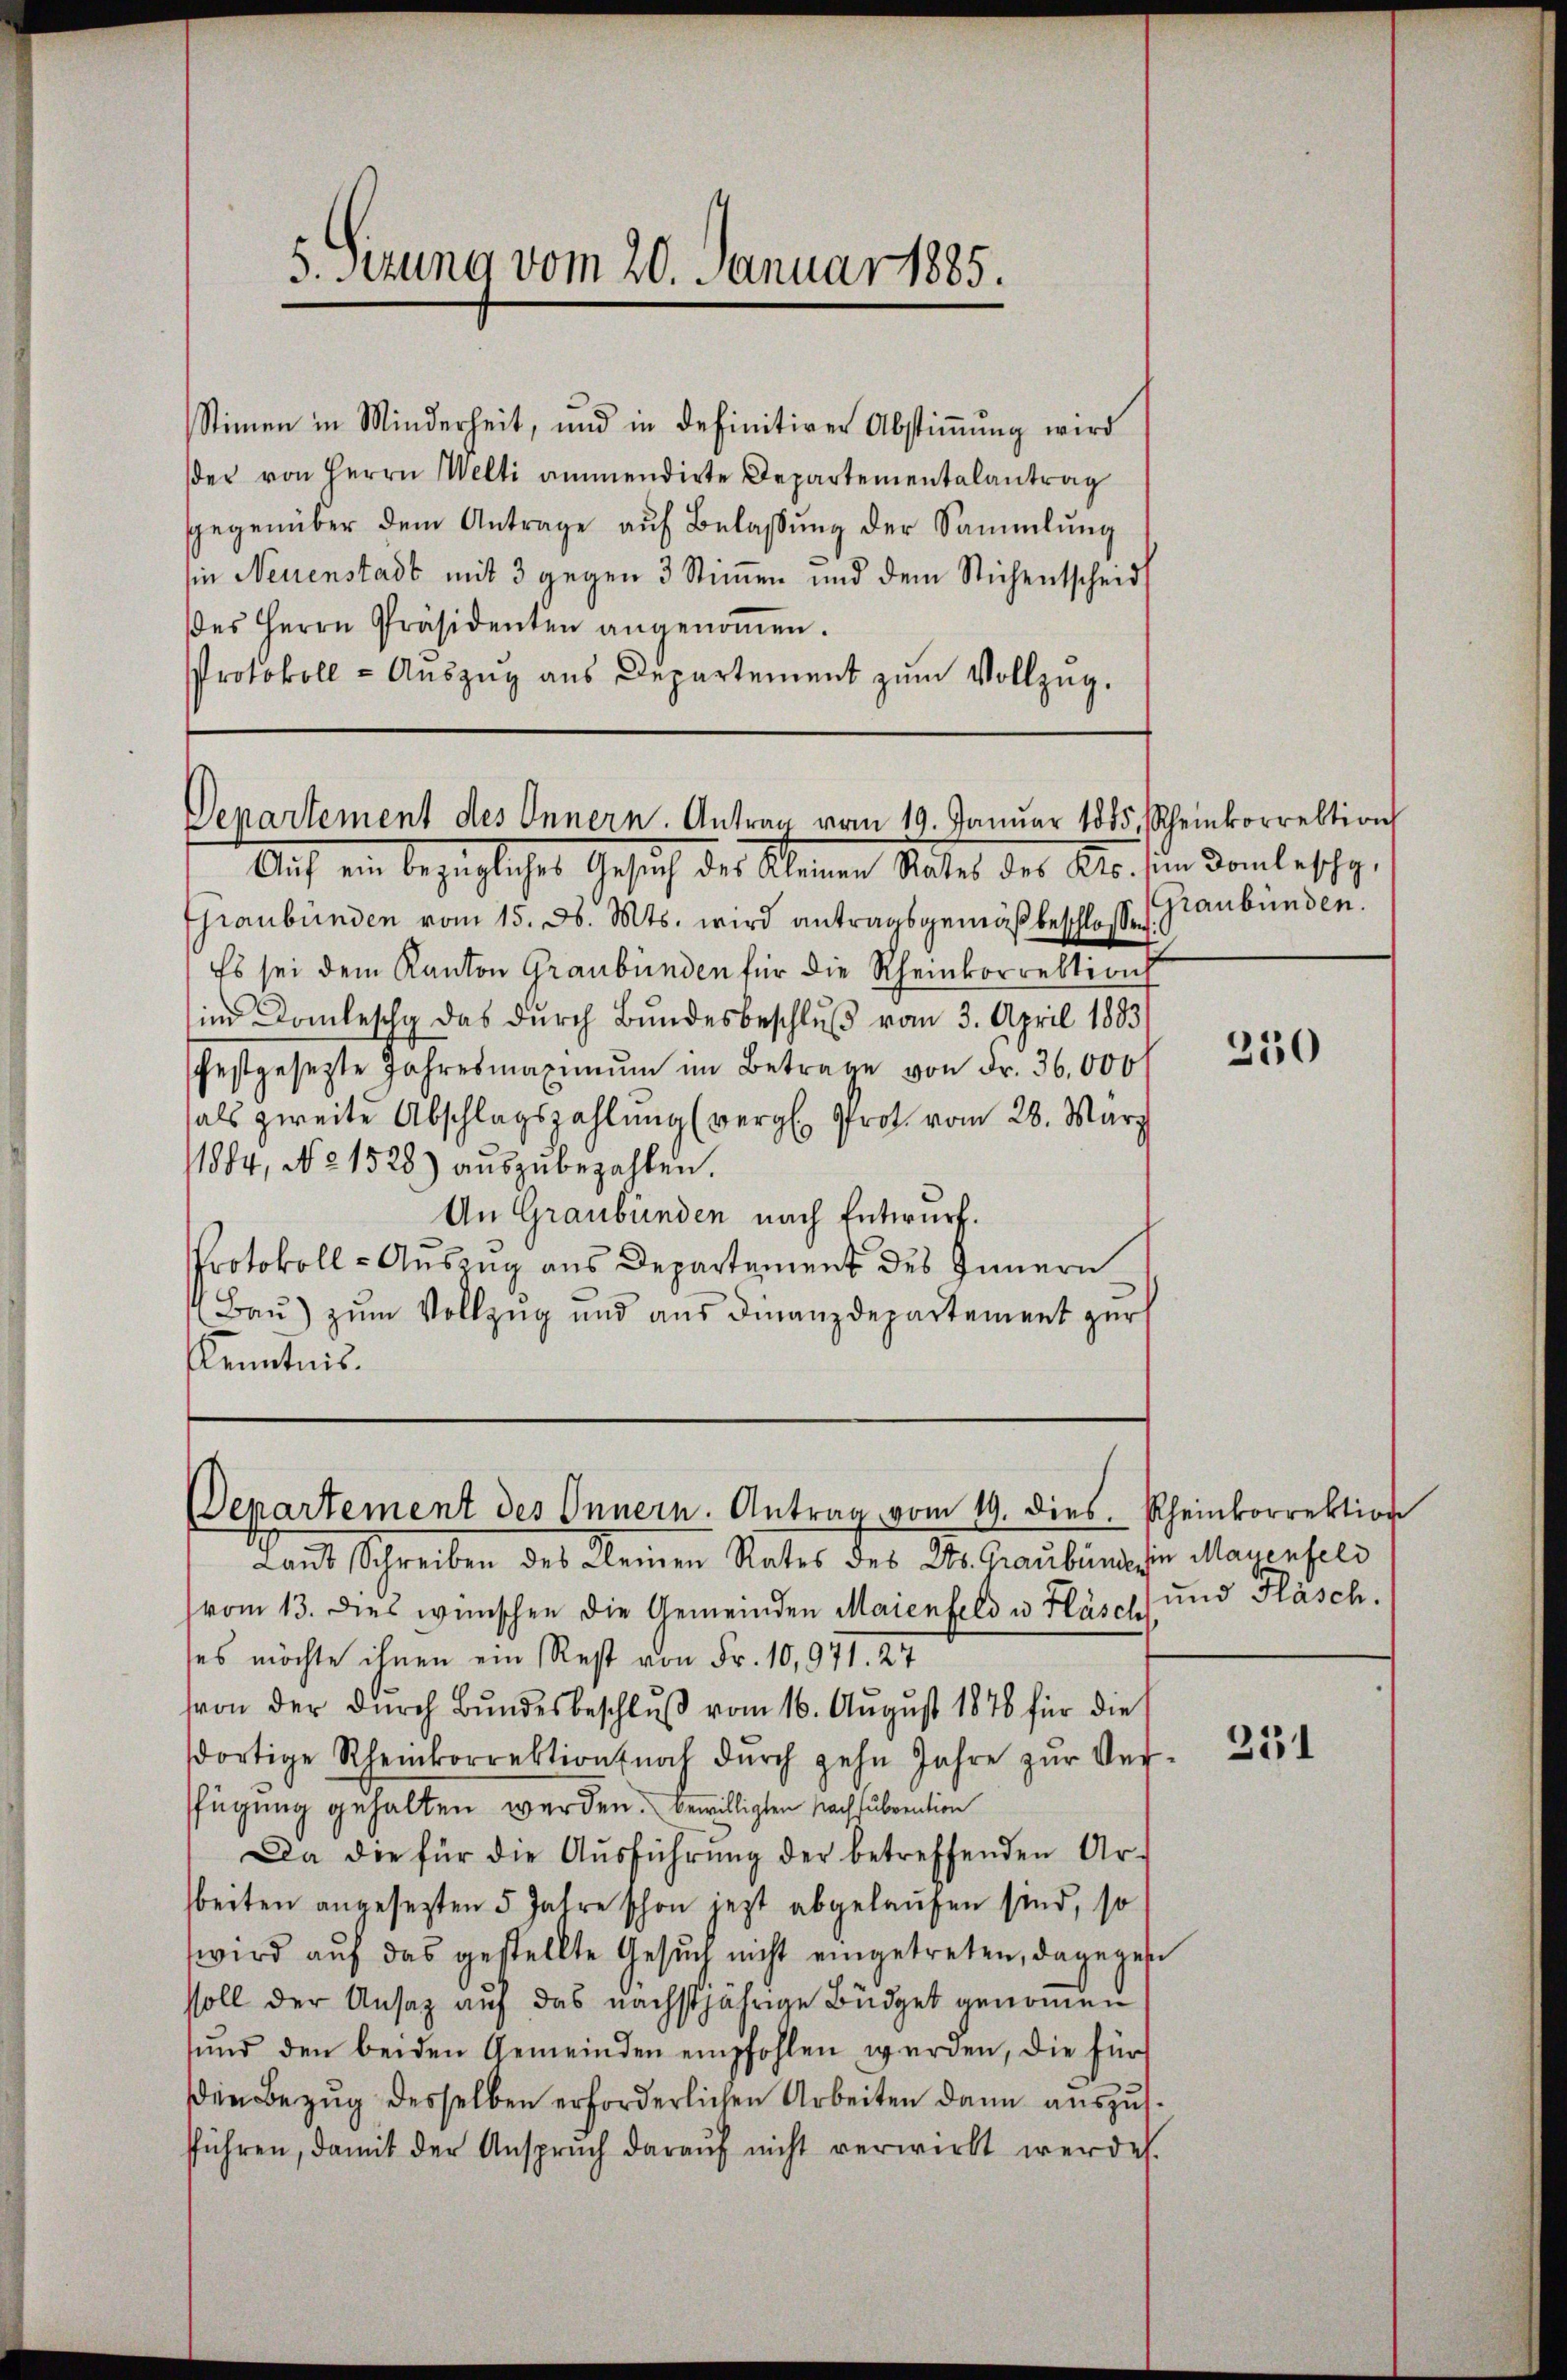
5. Sitzung vom 20. Januar 1885.

Stimmen in Minderheit, und in definitiver Abstiṁŭng wird
der von Herrn Welti ammendirte Departementalantrag
gegenüber dem Antrage auf Belassung der Sammlung
sin Neuenstadt mit 3 gegen 3 Stimmen und dem Stichentscheid
es Herrn Präsidenten angenoṁen.
Protokoll- Aŭszŭg aŭs Departement zŭm Vollzŭg.

Departement des Innern. Antrag vom 19. Januar 1885, Scheinkorrektion

Departement des Innern. Antrag vom 19. dies Rheinkorrektion

Auf ein bezüglicher Gesuch des Kleinen Sitter des Kts. die Darmlosche,
Graubünden vom 15. d. Mts. wird antragsgemäß beschlosse Graubünden.
Es sei dem Kanton Graubünden für die Rheinkorrektion
im Domleschg das dŭrch Bŭndesbeschlŭβ vom 3. April 1883/
festgesetzte Jahresmaximŭm im Betrage von Fr. 36,000
als zweite Abschlagszahlung (vergl. Prot. vom 28. März
1884, No 1528) aŭszŭbezahlen.
An Graubünden nach Entwurf.
Protokoll - Auszug aus Departement des Innern
Bau) zum Vollzug und aus Finanzdepartement zur
KKenntnis.

Laut Schreiben des Kleinen Rates des Kts. Graubünden Mauenfels
vom 13. dies wünschen die Gemeinden Maienfeld u. Fläsch und Fläsch.
ses möchte ihnen ein Rest von Fr. 10,971. 27
hvon der durch Bundesbeschluß vom 16. August 1876 für die
dortige Rheinkorrektion noch dŭrch gehn Jahre zŭr Ver-
fügung gehalten werden. bewilligten Nachsubvention
Da die für die Ausführung der betreffenden Arbeiten angesetzten 5 Jahre schon jezt abgelaufen sind, so
wird aŭf das gestellte Gesŭch nicht eingetreten, dagegebe
soll der Ansatz auf das nächstjährige Büdget genommen
ŭnd den beiden Gemeinden empfohlen werden, die für
Den Bezug desselben erforderlichen Arbeiten dann auszusfführen, damit der Ansprŭch daraŭf nicht verwirkt werde.

250

351